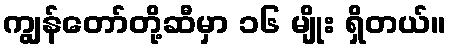
ကျွန်တော်တို့ဆီမှာ ၁၆ မျိုး ရှိတယ်။